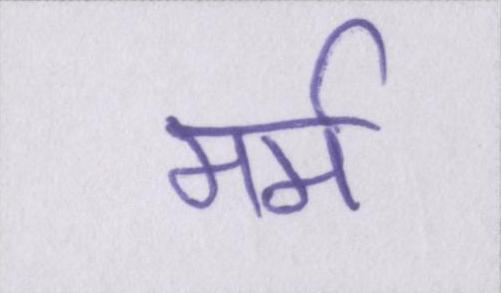
मर्म